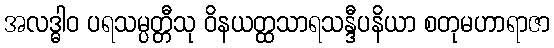
အလဒ္ဓါဝ ပရသမ္ပတ္တီသု ဝိနယတ္ထသာရသန္ဒီပနိယာ စတုမဟာရာဇာ